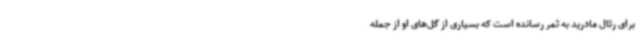
برای رئال مادرید به ثمر رسانده است که بسیاری از گل‌های او از جمله